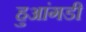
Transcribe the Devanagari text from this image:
हुआंगडी